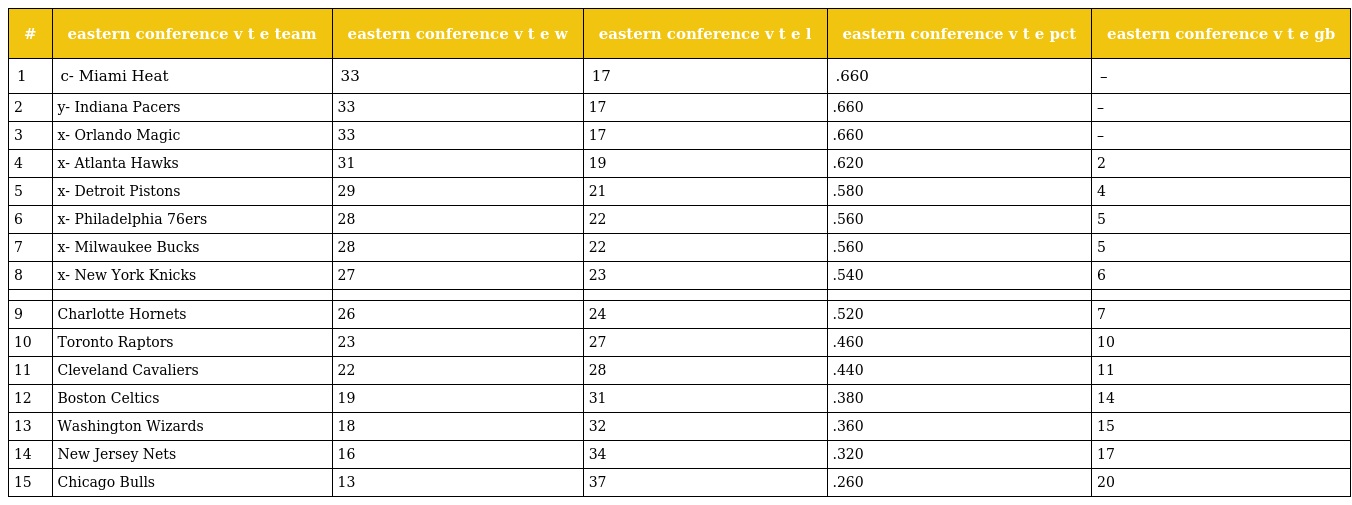
| # | eastern conference v t e team | eastern conference v t e w | eastern conference v t e l | eastern conference v t e pct | eastern conference v t e gb |
 | --- | --- | --- | --- | --- | --- |
 | 1 | c- Miami Heat | 33 | 17 | .660 | – |
 | 2 | y- Indiana Pacers | 33 | 17 | .660 | – |
 | 3 | x- Orlando Magic | 33 | 17 | .660 | – |
 | 4 | x- Atlanta Hawks | 31 | 19 | .620 | 2 |
 | 5 | x- Detroit Pistons | 29 | 21 | .580 | 4 |
 | 6 | x- Philadelphia 76ers | 28 | 22 | .560 | 5 |
 | 7 | x- Milwaukee Bucks | 28 | 22 | .560 | 5 |
 | 8 | x- New York Knicks | 27 | 23 | .540 | 6 |
 |  |  |  |  |  |  |
 | 9 | Charlotte Hornets | 26 | 24 | .520 | 7 |
 | 10 | Toronto Raptors | 23 | 27 | .460 | 10 |
 | 11 | Cleveland Cavaliers | 22 | 28 | .440 | 11 |
 | 12 | Boston Celtics | 19 | 31 | .380 | 14 |
 | 13 | Washington Wizards | 18 | 32 | .360 | 15 |
 | 14 | New Jersey Nets | 16 | 34 | .320 | 17 |
 | 15 | Chicago Bulls | 13 | 37 | .260 | 20 |